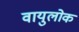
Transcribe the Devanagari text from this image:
वायुलोक